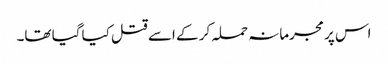
اس پر مجرمانہ حملہ کر کے اسے قتل کیا گیا تھا۔